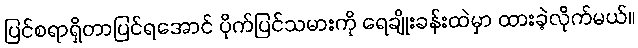
ပြင်စရာရှိတာပြင်ရအောင် ပိုက်ပြင်သမားကို ရေချိုးခန်းထဲမှာ ထားခဲ့လိုက်မယ်။